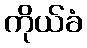
ကိုယ်ခံ